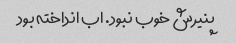
پنیرش خوب نبود‌. اب انداخته بود